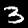
Label: 3